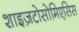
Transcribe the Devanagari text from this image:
शाइज़टोसोमिएसिस